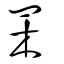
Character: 䍒